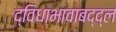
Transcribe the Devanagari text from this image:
द्विधाभावाबद्द्ल